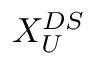
X _ { U } ^ { D S }